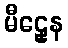
မီဠှေန